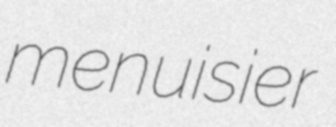
menuisier